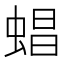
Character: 䗉